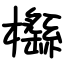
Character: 櫾